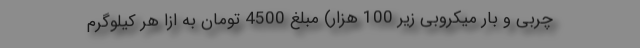
چربی و بار میکروبی زیر 100 هزار) مبلغ 4500 تومان به ازا هر کیلوگرم